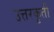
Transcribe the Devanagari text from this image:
उत्तरकृती